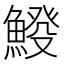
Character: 𩸿